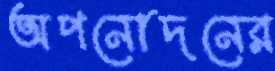
অপনোদনের